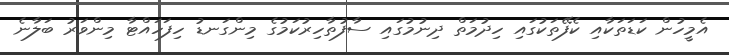
އެމީހުން ކަޑަތަކާއި ކެފޭތަކުގައި ހިދުމަތް ދިނުމުގައި ސާފުތާހިރުކަމުގެ މިންގަނޑު ހިފަހައްޓާ މިންވަރު ބަލާނެ